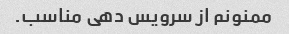
ممنونم از سرویس دهی مناسب.